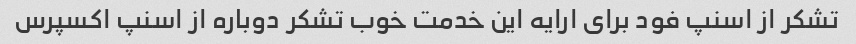
تشکر از اسنپ فود برای ارایه این خدمت خوب تشکر دوباره از اسنپ اکسپرس